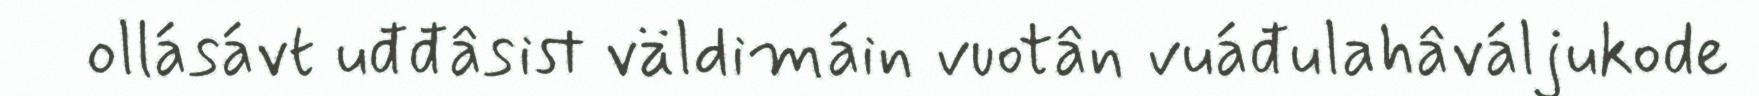
ollásávt uđđâsist väldimáin vuotân vuáđulahâváljukode